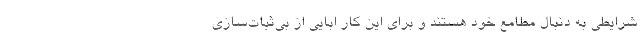
شرایطی به دنبال مطامع خود هستند و برای این کار ابایی از بی‌ثبات‌سازی